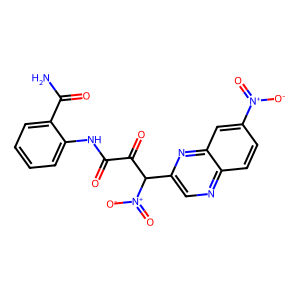
SMILES: NC(=O)c1ccccc1NC(=O)C(=O)C(c1cnc2ccc([N+](=O)[O-])cc2n1)[N+](=O)[O-]
Inhibits HIV replication: No